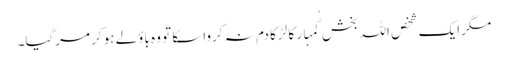
مگر ایک شخص اللہ بخش گُمہار کا لڑکا دم نہ کرواسکا تو وہ باؤلے ہوکر مرگیا۔